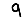
Digit: 9